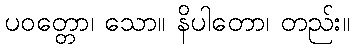
ပဝတ္တော၊ သော။ နိပါတော၊ တည်း။